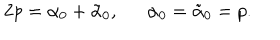
LaTeX: 2 p = \alpha _ { 0 } + \tilde { \alpha } _ { 0 } , \alpha _ { 0 } = \tilde { \alpha } _ { 0 } = p .